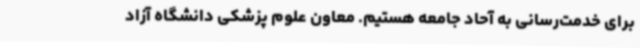
برای خدمت‌رسانی به آحاد جامعه هستیم. معاون علوم پزشکی دانشگاه آزاد